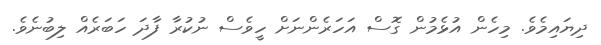
ދިޔައިމެވެ. މިހެން އުޅެމުން ގޮސް އަހަރެންނަށް ހީވެސް ނުކުރާ ފާދަ ހަބަރެއް ލިބުނެވެ.